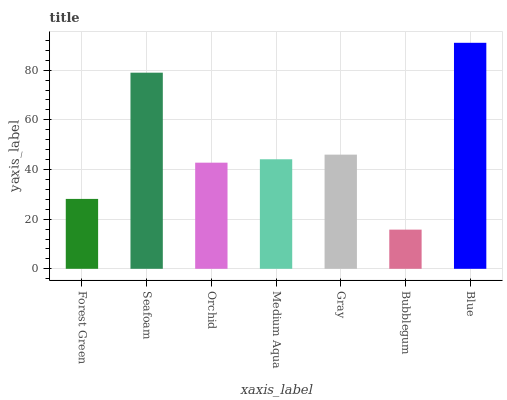
| xaxis_label | bars |
 | --- | --- |
 | Forest Green | 28.2 |
 | Seafoam | 79 |
 | Orchid | 42.8 |
 | Medium Aqua | 44.1 |
 | Gray | 46 |
 | Bubblegum | 15.8 |
 | Blue | 91 |